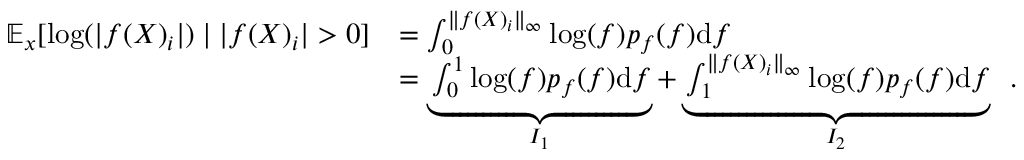
\begin{array} { r l } { \mathbb { E } _ { x } [ \log ( | f ( X ) _ { i } | ) \mid | f ( X ) _ { i } | > 0 ] } & { = \int _ { 0 } ^ { \Vert f ( X ) _ { i } \Vert _ { \infty } } \log ( f ) p _ { f } ( f ) \mathrm { d } f } \\ & { = \underbrace { \int _ { 0 } ^ { 1 } \log ( f ) p _ { f } ( f ) \mathrm { d } f } _ { I _ { 1 } } + \underbrace { \int _ { 1 } ^ { \Vert f ( X ) _ { i } \Vert _ { \infty } } \log ( f ) p _ { f } ( f ) \mathrm { d } f } _ { I _ { 2 } } \enspace . } \end{array}